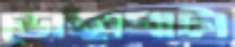
ডোঙ্গাঘাটা